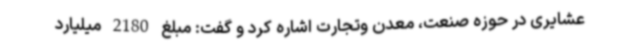
عشایری در حوزه صنعت، معدن وتجارت اشاره کرد و گفت: مبلغ 2180 میلیارد